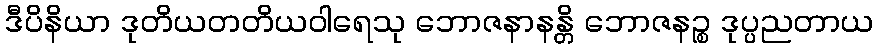
ဒီပိနိယာ ဒုတိယတတိယဝါရေသု ဘောဇနာနန္တိ ဘောဇနဉ္စ ဒုပ္ပညတာယ